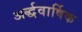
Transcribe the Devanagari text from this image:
अर्द्धवार्षिक